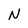
Character: N